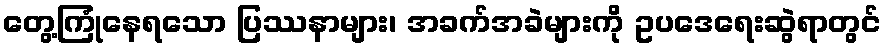
တွေ့ကြုံနေရသော ပြဿနာများ၊ အခက်အခဲများကို ဥပဒေရေးဆွဲရာတွင်